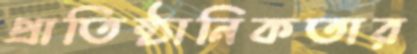
প্রাতিষ্ঠানিকতার